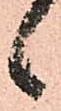
候